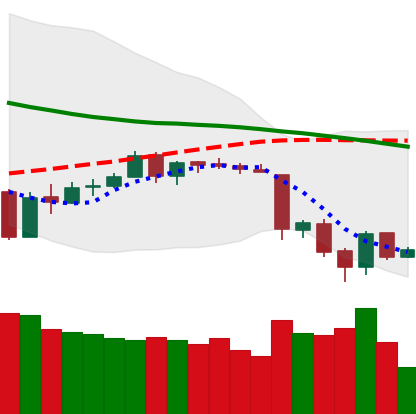
Ticker: ETH-USD
Chart end date: 2018-06-16
Forward return: 5.549%
Label: up_5_7